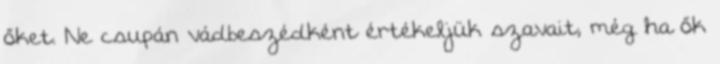
őket. Ne csupán vádbeszédként értékeljük szavait, még ha ők